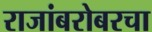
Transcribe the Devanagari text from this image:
राजांबरोबरचा